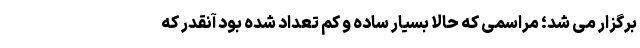
برگزار می شد؛ مراسمی که حالا بسیار ساده و کم تعداد شده بود آنقدر که